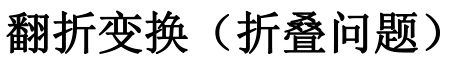
翻折变换（折叠问题）